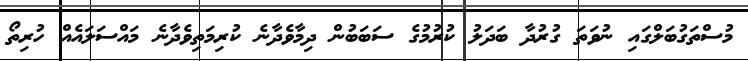
މުސްތަގުބަލްގައި ނުވަތަ ގުރުދާ ބަދަލު ކުރުމުގެ ސަބަބުން ދިމާވެދާނެ ކުރިމަތިވެދާނެ މައްސަލައެއް ހުރިތޯ